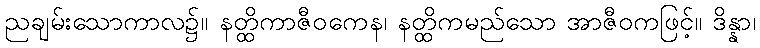
ညချမ်းသောကာလ၌။ နတ္ထိကာဇီဝကေန၊ နတ္ထိကမည်သော အာဇီဝကဖြင့်။ ဒိန္နာ၊